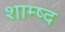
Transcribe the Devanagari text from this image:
शाम्ष्द